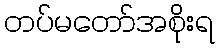
တပ်မတော်အစိုးရ